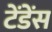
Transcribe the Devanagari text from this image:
टेंडेंस